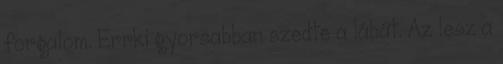
forgalom. Errki gyorsabban szedte a lábát. Az lesz a